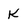
Character: k